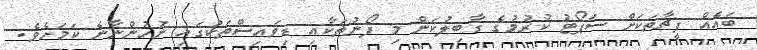
ބައެއް ފީޗާތަކަށް ސަޕޯޓު ކުރުމުގެ ގާބިލުކަން މި ފޯނުތަކާއި ޑިވައިސްތަކުގައި ނުހުންނާނެ ކަމަށެވެ.